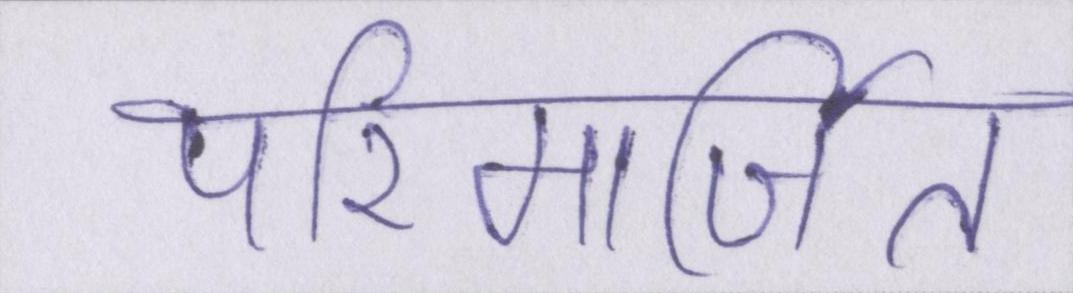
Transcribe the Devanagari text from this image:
परिमार्जित